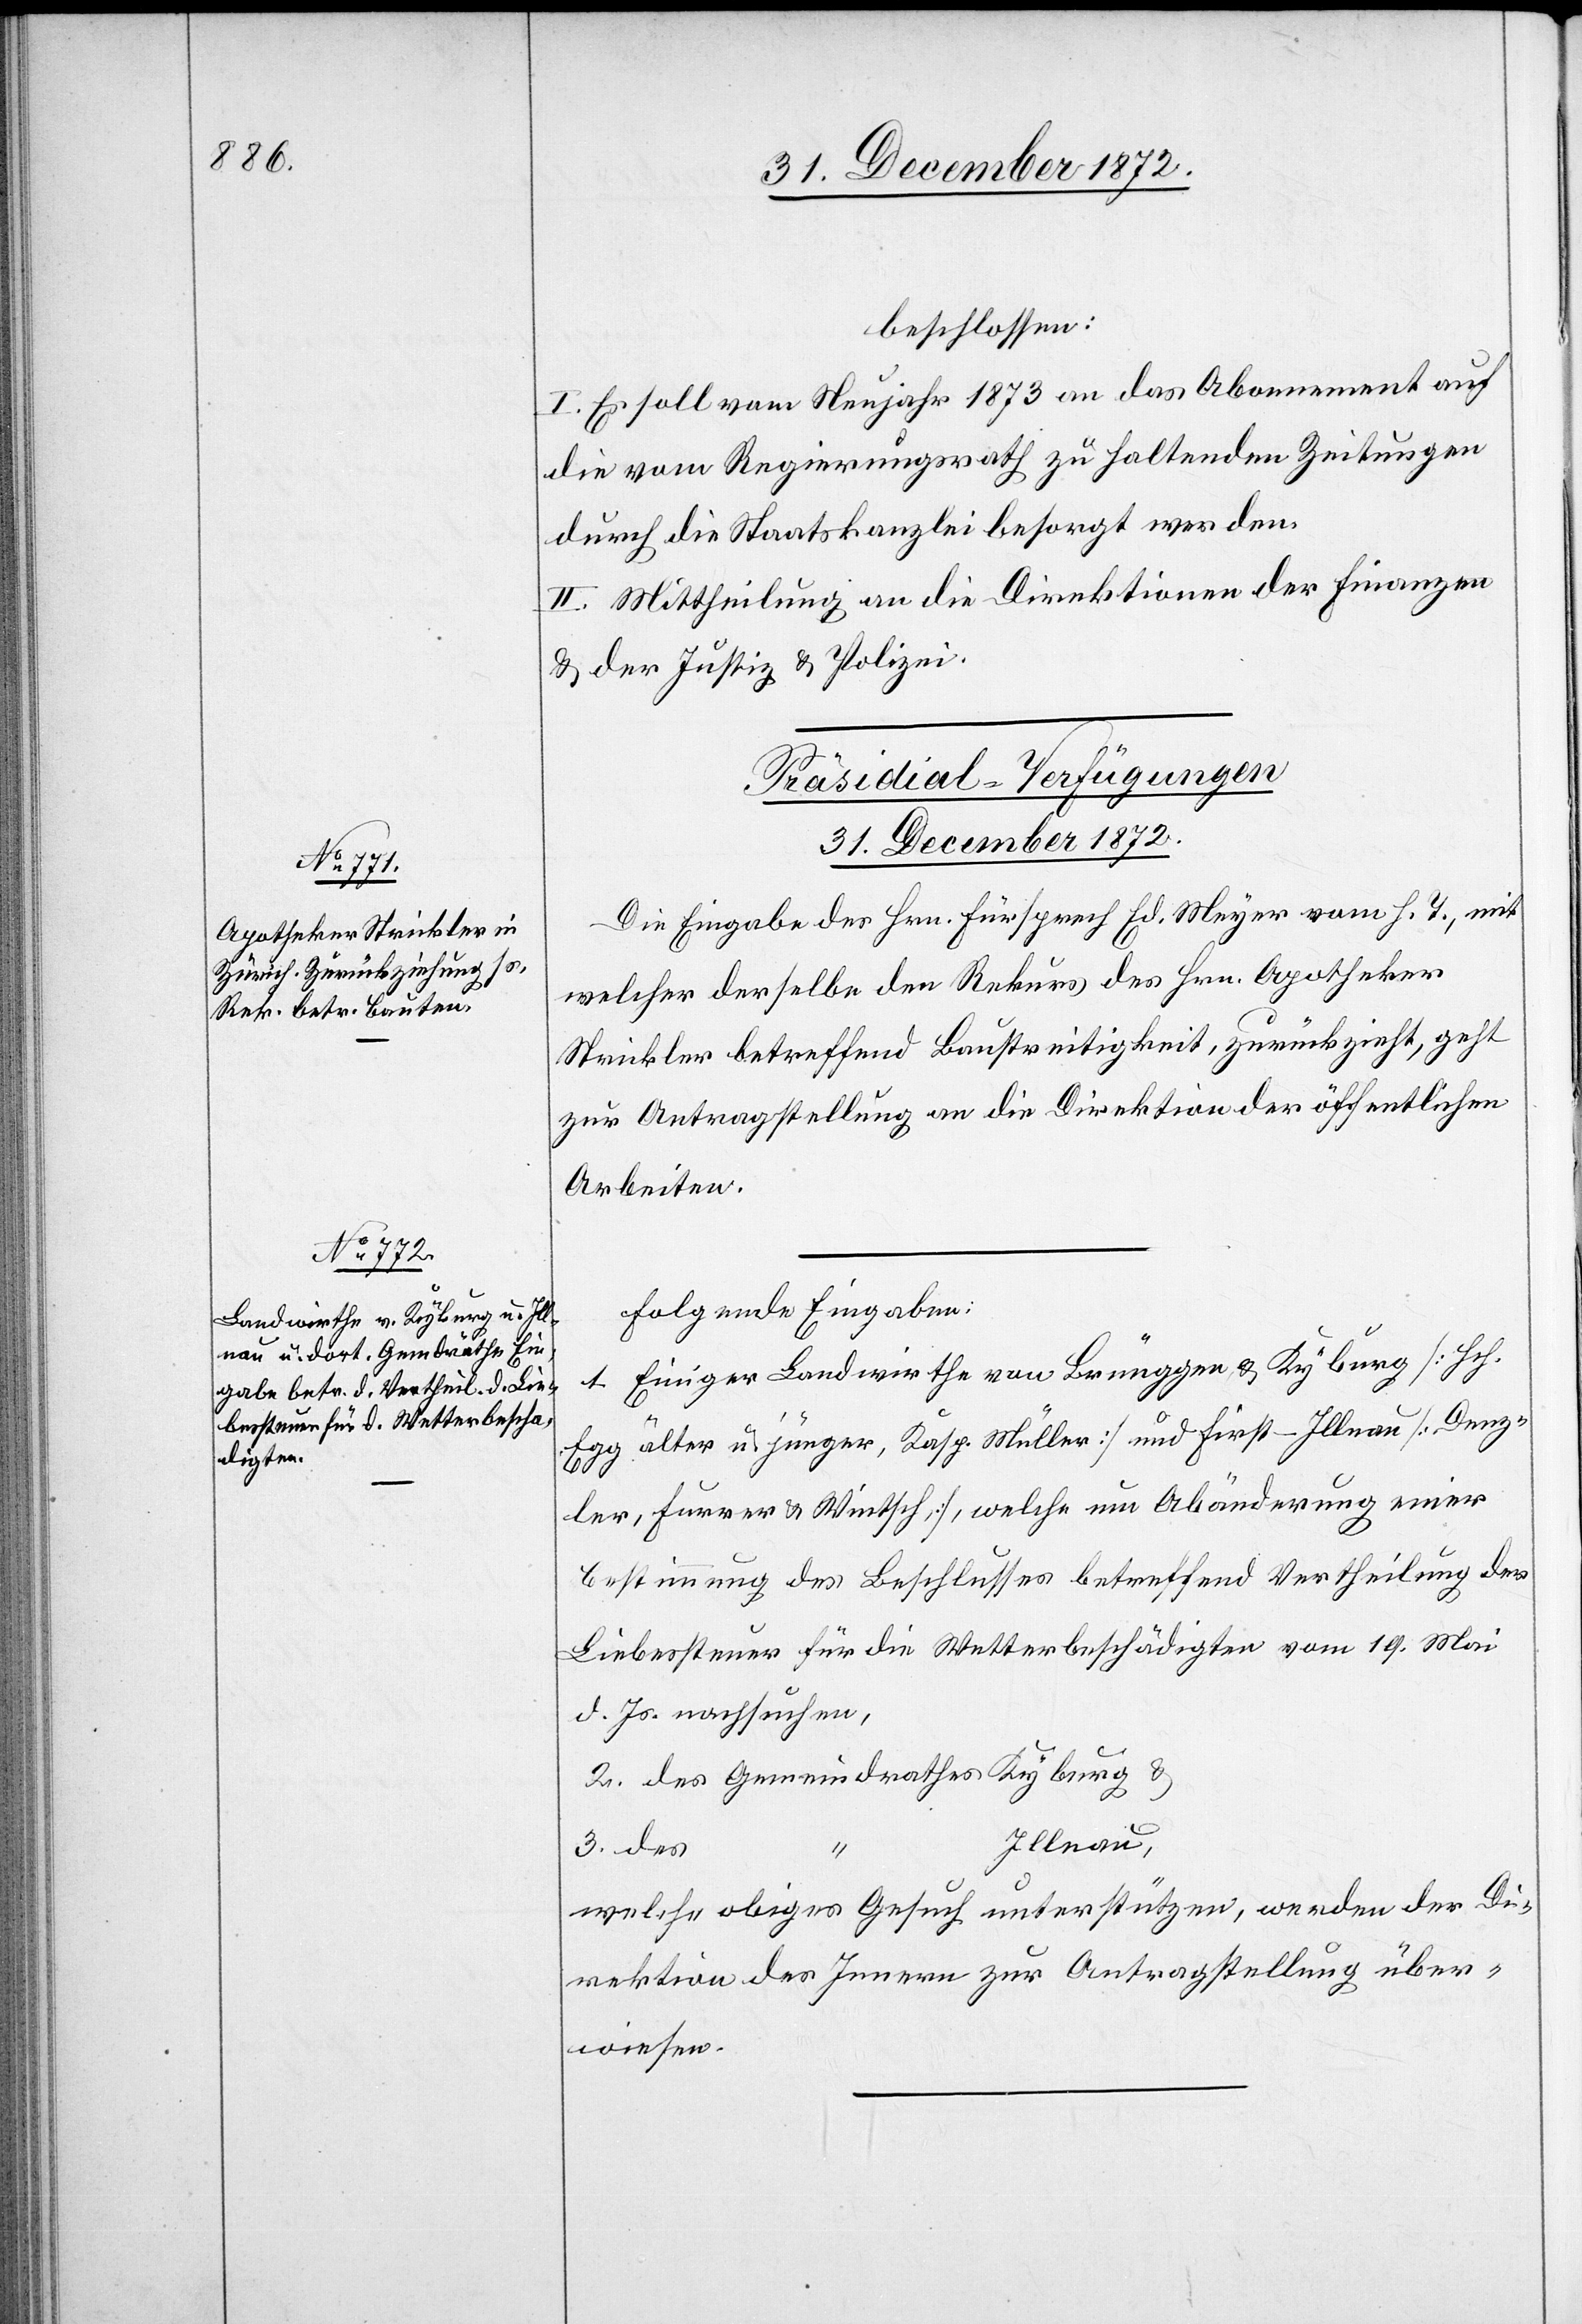
beschlossen:
I. Es soll vom Neujahr 1873 an das Abonnement auf
die vom Regierungsrath zu haltenden Zeitungen
durch die Staatskanzlei besorgt werden.
II. Mittheilung an die Direktionen der Finanzen
u. der Justiz u. Polizei.
[Präsidial-Verfügungen
31. December 1872.]
Die Eingabe des Hrn. Fürsprech Ed. Meyer vom h. T., mit
welcher derselbe den Rekurs des Hrn. Apotheker
Strickler betreffend Baustreitigkeit, zurückzieht, geht
zur Antragstellung an die Direktion der öffentlichen
Arbeiten.
Folgende Eingaben:
1. Einiger Landwirthe von Brüggen u. Kyburg [Hch.
Egg älter u. jünger, Kasp. Müller] und First-Illnau [Denz¬
ler, Furrer u. Wintsch], welche um Abänderung einer
Bestimmung des Beschlusses betreffend Vertheilung der
Liebessteuer für die Wetterbeschädigten vom 19. Mai
d. Js. nachsuchen,
u.
2. des Gemeindrathes Kyburg
Illnau,
3. des
welche obiges Gesuch unterstützen, werden der Di¬
rektion des Innern zur Antragstellung über¬
wiesen.